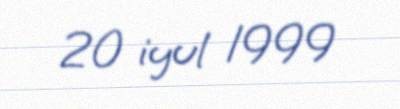
20 iyul 1999